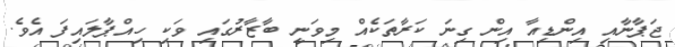
ޖަޕާނާއި އިންޑިއާ އިން ގިނަ ކަރާތަކެއް މިވަނީ ބާޒާރުގައި ވަކި ހިއްޕާލައިފަ އެވެ.